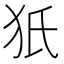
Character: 㹝